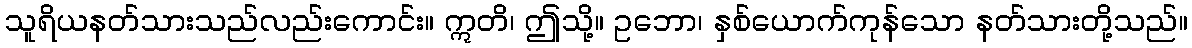
သူရိယနတ်သားသည်လည်းကောင်း။ ဣတိ၊ ဤသို့။ ဥဘော၊ နှစ်ယောက်ကုန်သော နတ်သားတို့သည်။